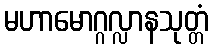
မဟာမောဂ္ဂလ္လာနသုတ္တံ